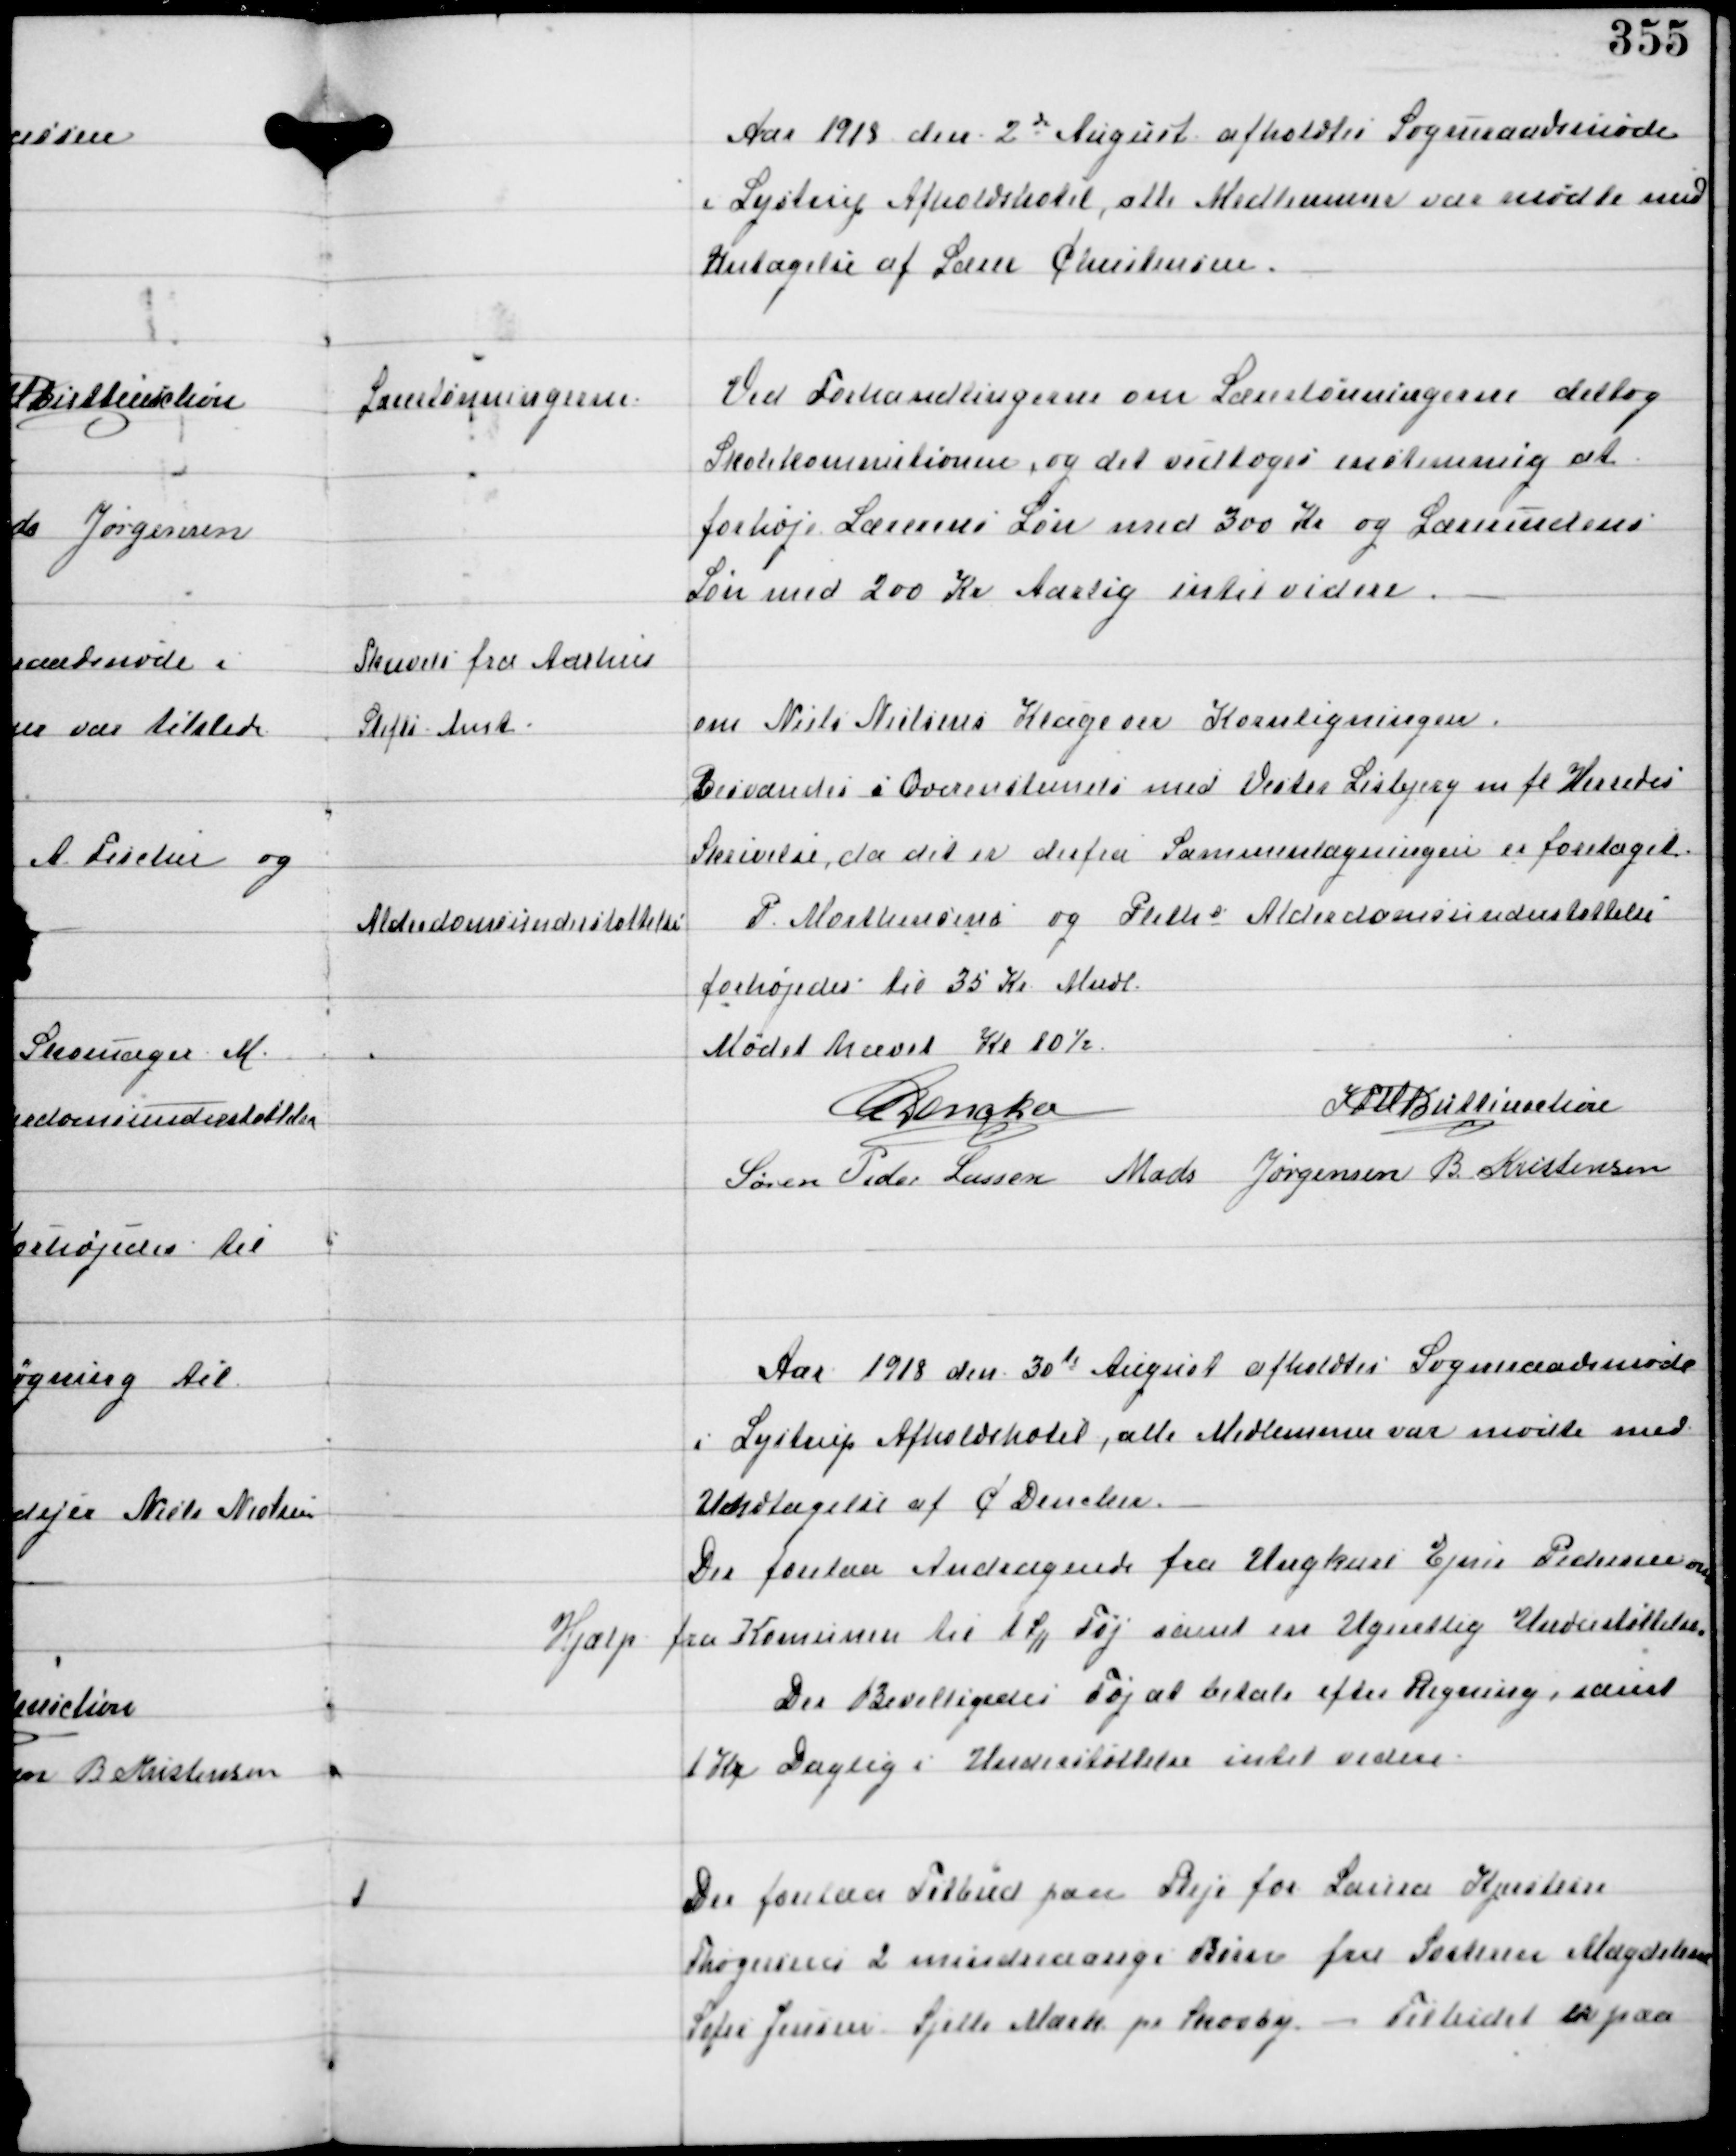
Transskription:
Aar 1918 den 2d August afholdtes Sogneraadsmøde
i Lystrup Afholdshotel, alle Medlemmer var mødte med
Undtagelse af Lærer Christensen.

Lærerlønningerne.

Ved Forhandlingerne om Lærerlønningerne deltog
Skolekommissionen, og det vedtoges enstemmig at
forhøje Lærerens Løn med 300 Kr og Lærerindens
Løn med 200 Kr Aarligt intil videre.

Skrivelse fra Aarhus
Stifts Amt

om Niels Nielsens Klage over Kornligningen
Besvaredes i Overenstemmelse med Vester Lisbjerg mfl Herreds
Skrivelse, da det er derfra Sammenlægningen er foretaget.

Alderdomsunderstøttelse

P. Morthensens og Pliths Alderdomsunderstøttelse
forhøjedes til 35 Kr Mndl

Mødet hævet Kl 10½.
C Dencker
IFV Buttenschøn
Søren Peder Lassen Mads Jørgensen B Kristensen

Aar 1918 den 30d August afholdtes Sogneraadsmøde
i Lystrup Afholdshotel, alle Medlemmer var mødte med
Undtagelse af C Dencker. -

Der forelaa Andragende fra Ungkarl Ejner Pedersen om
Hjælp fra Komunen til 1 St Tøj samt en Ugenlig Understøttelse
Der Bevilligedes Tøj at betale efter Regning, samt
1 Kr Daglig i Understøttelse intil videre.

Der forelaa Tilbud paa Pleje for Laura Kjeldsen
Thøgersens 2 mindreaarige Børn fra Søsteren Magdalene
Sofia Jensen. Sjette Mark pr Skovby - Tilbudet er paa